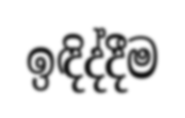
ඉඳිද්දීම